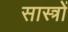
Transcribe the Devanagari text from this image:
सास्त्रों